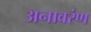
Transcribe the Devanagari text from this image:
अनावरंण